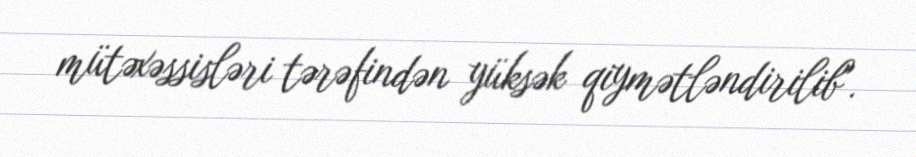
mütəxəssisləri tərəfindən yüksək qiymətləndirilib".